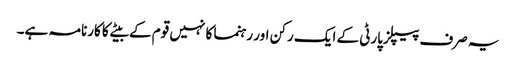
یہ صرف پیپلزپارٹی کے ایک رکن اور رہنما کا نہیں قوم کے بیٹے کا کارنامہ ہے۔